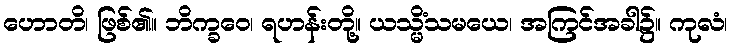
ဟောတိ၊ ဖြစ်၏။ ဘိက္ခဝေ၊ ရဟန်းတို့။ ယသ္မိံသမယေ၊ အကြင်အခါ၌။ ကုလံ၊